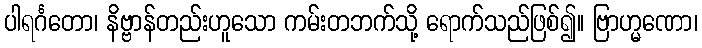
ပါရင်္ဂတော၊ နိဗ္ဗာန်တည်းဟူသော ကမ်းတဘက်သို့ ရောက်သည်ဖြစ်၍။ ဗြာဟ္မဏော၊